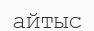
айтыс